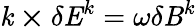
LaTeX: \textbf{\textit{k}}\boldsymbol{\times}\delta\textbf{\textit{E}}^{k}=\omega\delta\textbf{\textit{B}}^{k}